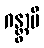
ဂန္တွာပိ